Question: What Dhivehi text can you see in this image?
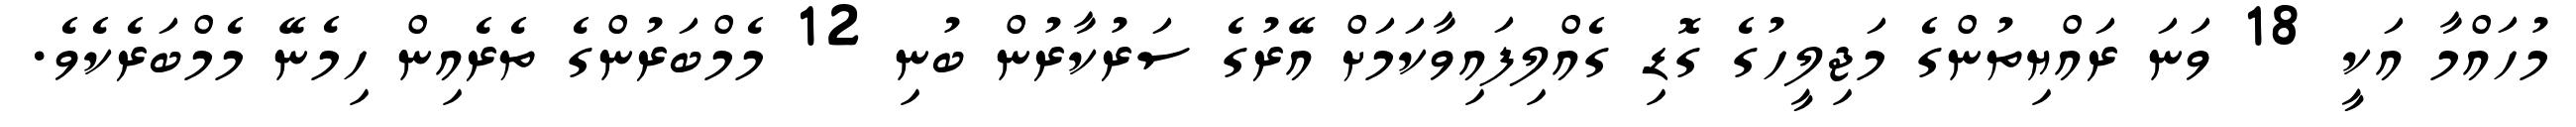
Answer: މުހައްމާ އަކީ 18 ވަނަ ރައްޔިތުންގެ މަޖިލީހުގެ ގޮޑި ގެއްލިފައިވާކަމަށް އޭރުގެ ސަރުކާރުން ބުނި 12 މެމްބަރުންގެ ތެރެއިން ހިމެނޭ މެމްބަރެކެވެ.